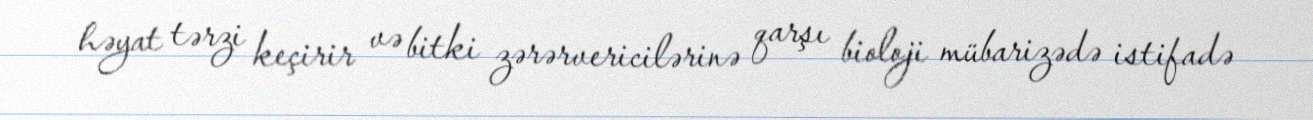
həyat tərzi keçirir və bitki zərərvericilərinə qarşı bioloji mübarizədə istifadə